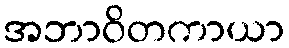
အဘာဝိတကာယာ